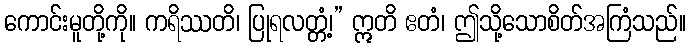
ကောင်းမူတို့ကို။ ကရိဿတိ၊ ပြုရလတ္တံ့၊” ဣတိ ဧတံ၊ ဤသို့သောစိတ်အကြံသည်။